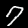
Label: 7